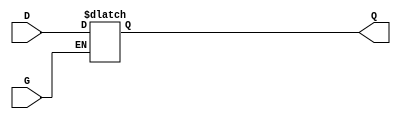
module GatedTransparentLatch (
    input wire D,  // Data input
    input wire G,  // Gate control signal
    output reg Q   // Output
);

// Always block sensitive to the gate signal
always @ (G or D) begin
    if (G) begin
        Q <= D;  // Latch is transparent: output follows input
    end
    // If G is low, Q retains its last value (hold state)
end

endmodule